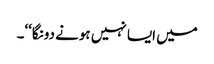
میں ایسا نہیں ہونے دونگا‘‘۔